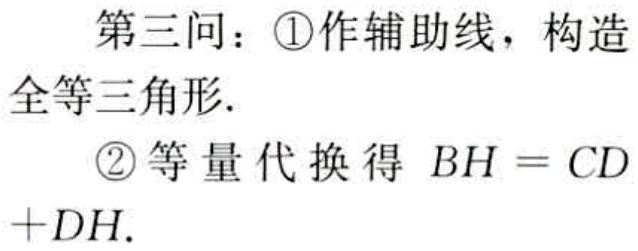
第三问：\textcircled{1}作辅助线，构造
全等三角形.
\textcircled{2}等量代换得 \(BH = CD+DH\).